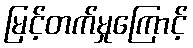
မြင့်တက်မှုကြောင့်